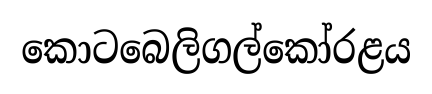
කොටබෙලිගල්කෝරළය